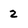
Character: 2